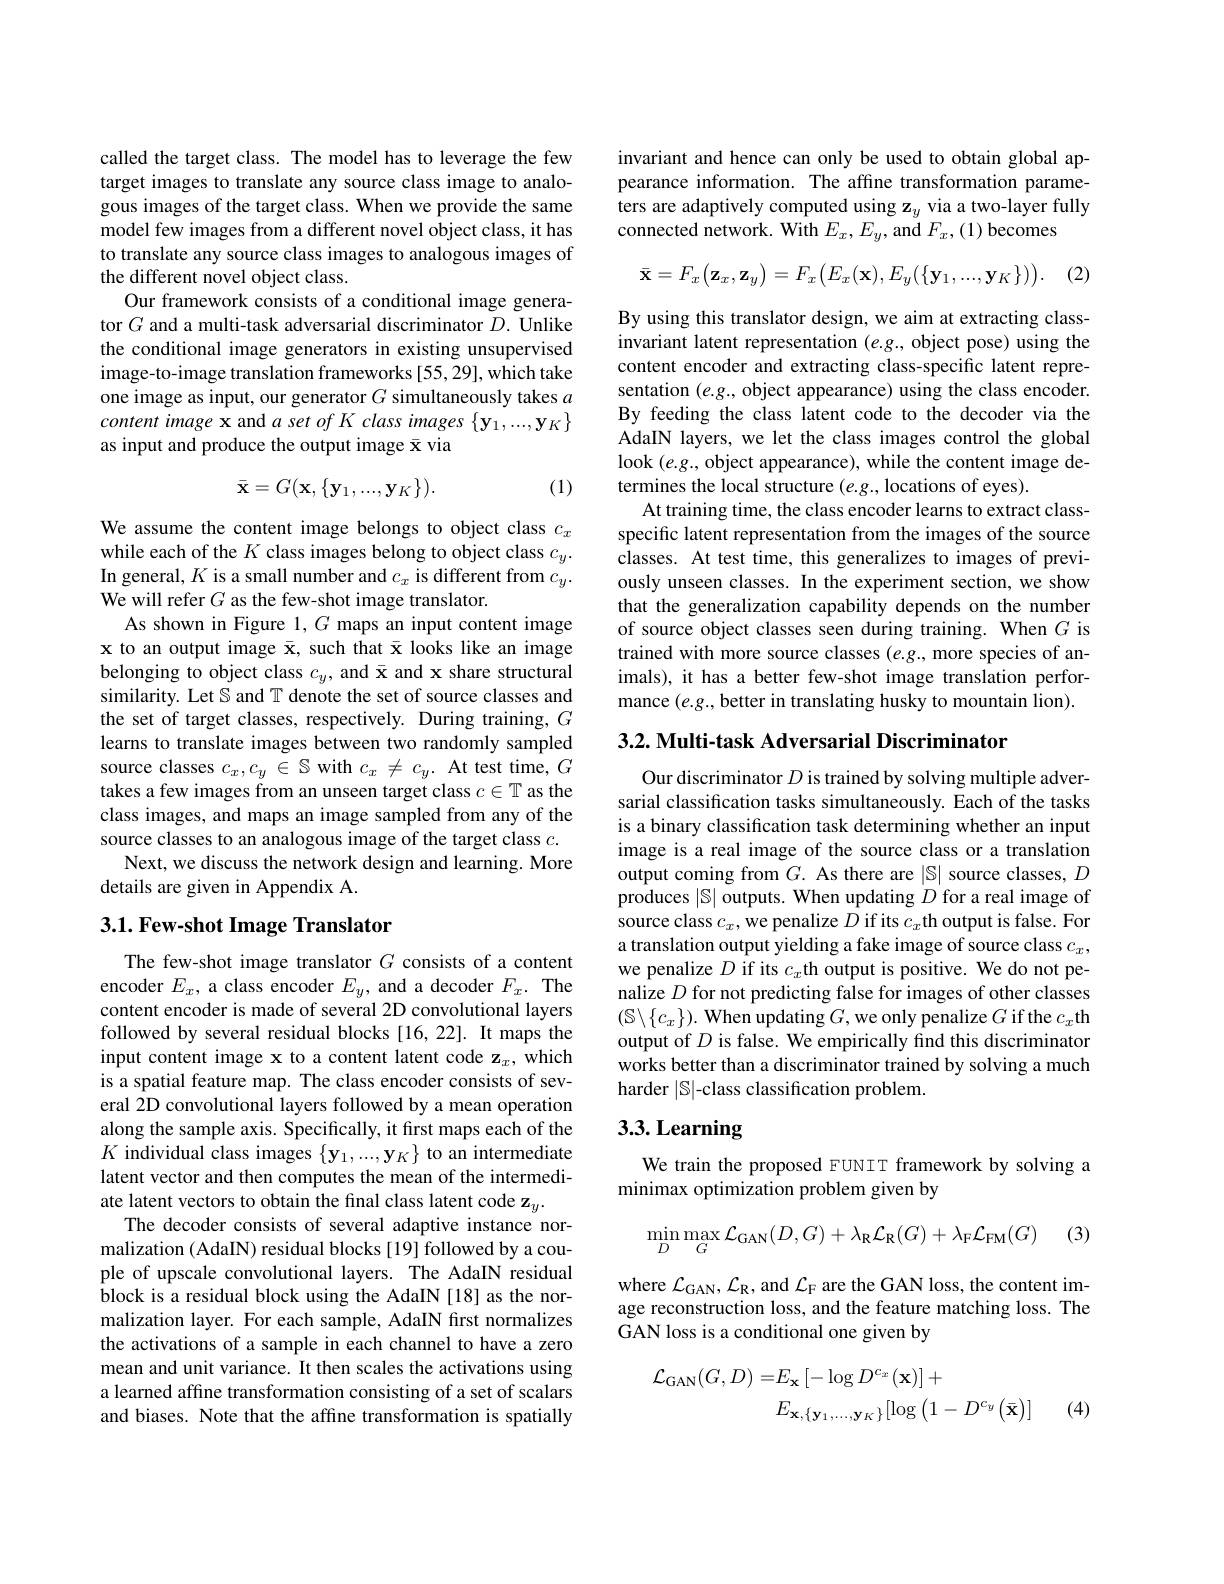
called the target class. The model has to leverage the few target images to translate any source class image to analogous images of the target class. When we provide the same model few images from a different novel object class, it has to translate any source class images to analogous images of the different novel object class.
Our framework consists of a conditional image generator $G$ and a multi-task adversarial discriminator $D.$ Unlike the conditional image generators in existing unsupervised image-to-image translation frameworks [55,29], which take one image as input, our generator $G$ simultaneously takes $a$ content image x and $a\textit{set of K class images }\{ \mathbf{y} _1, . . . , \mathbf{y} _K\}$
$$\bar{\mathbf{x}}=G(\mathbf{x},\{\mathbf{y}_{1},...,\mathbf{y}_{K}\}).$$
(1)

We assume the content image belongs to object class $c_x$ while each of the $K$ class images belong to object class $c_y.$ In general, $K$ is a small number and $c_x$ is different from $c_y.$ We will refer $G$ as the few-shot image translator.
As shown in Figure 1, $G$ maps an input content image x to an output image $\bar{\mathbf{x}}$, such that $\bar{\mathbf{x}}$ looks like an image belonging to object class $c_y$, and $\bar{\mathbf{x}}$ and x share structural similarity. Let $\mathbb{S}$ and T denote the set of source classes and the set of target classes, respectively. During training, $G$ learns to translate images between two randomly sampled source classes $c_x,c_y\in\mathbb{S}$ with $c_x\neq c_y.$ At test time, $G$ takes a few images from an unseen target class $c\in\mathbb{T}$ as the class images, and maps an image sampled from any of the source classes to an analogous image of the target class $c.$
Next, we discuss the network design and learning. More
details are given in Appendix A.

## 3.1. Few-shot Image Translator

The few-shot image translator $G$ consists of a content encoder $E_x$, a class encoder $E_y$, and a decoder $F_x.$ The content encoder is made of several 2D convolutional layers followed by several residual blocks [16,22]. It maps the input content image x to a content latent code z$_x$, which is a spatial feature map. The class encoder consists of several 2D convolutional layers followed by a mean operation along the sample axis. Specifically, it first maps each of the $K$ individual class images $\{\mathbf{y}_1,...,\mathbf{y}_K\}$ to an intermediate latent vector and then computes the mean of the intermediate latent vectors to obtain the final class latent code z$_y.$
The decoder consists of several adaptive instance normalization (AdaIN) residual blocks [19] followed by a couple of upscale convolutional layers. The AdaIN residual block is a residual block using the AdaIN [18] as the normalization layer. For each sample, AdaIN first normalizes the activations of a sample in each channel to have a zero mean and unit variance. It then scales the activations using a learned affine transformation consisting of a set of scalars and biases. Note that the affine transformation is spatially

invariant and hence can only be used to obtain global appearance information. The affine transformation parameters are adaptively computed using $\mathbf{z}_y$ via a two-layer fully connected network. With $E_x,E_y$,and $F_x,(1)$ becomes

(2.
$$\bar{\mathbf{x}}=F_x\big(\mathbf{z}_x,\mathbf{z}_y\big)=F_x\big(E_x(\mathbf{x}),E_y\big(\{\mathbf{y}_1,...,\mathbf{y}_K\}\big)\big).$$
By using this translator design, we aim at extracting classinvariant latent representation $(e.g.$, object pose) using the content encoder and extracting class-specific latent representation $(e.g.$, object appearance) using the class encoder. By feeding the class latent code to the decoder via the AdaIN layers, we let the class images control the global look $(e.g.$, object appearance), while the content image determines the local structure $(e.g.$, locations of eyes).
At training time, the class encoder learns to extract classspecific latent representation from the images of the source classes. At test time, this generalizes to images of previously unseen classes. In the experiment section, we show that the generalization capability depends on the number of source object classes seen during training. When $G$ is trained with more source classes $(e.g.$, more species of animals), it has a better few-shot image translation performance $(e.g.$,better in translating husky to mountain lion).

$3. 2. \textbf{Multi- task Adversarial Discriminator}$

Our discriminator $D$ is trained by solving multiple adversarial classification tasks simultaneously. Each of the tasks is a binary classification task determining whether an input image is a real image of the source class or a translation output coming from $G.$ As there are $|\mathbb{S}|$ source classes, $D$ produces $|\mathbb{S}|$ outputs. When updating $D$ for a real image of source class $c_x$,we penalize $D$ if its $c_x$th output is false. For a translation output yielding a fake image of source class $c_x$, we penalize $D$ if its $c_x$th output is positive. We do not penalize $D$ for not predicting false for images of other classes $(\mathbb{S}\setminus\{c_x\}).$ When updating $G$,we only penalize $G$ if the $c_x$th output of $D$ is false. We empirically find this discriminator works better than a discriminator trained by solving a much harder $|\mathbb{S}|$-class classification problem.

## 3.3. Learning

We train the proposed FUNIT framework by solving a
minimax optimization problem given by

(3)
$$\min\limits_{D}\max\limits_{G}\mathcal{L}_{\mathrm{GAN}}(D,G)+\lambda_{\mathrm{R}}\mathcal{L}_{\mathrm{R}}(G)+\lambda_{\mathrm{F}}\mathcal{L}_{\mathrm{FM}}(G)$$
where $\mathcal{L}_{\mathrm{GAN}},\mathcal{L}_{\mathrm{R}}$,and $\mathcal{L}_{\mathrm{F}}$ are the GAN loss, the content image reconstruction loss, and the feature matching loss. The GAN loss is a conditional one given by
$$\begin{aligned}\mathcal{L}_{\mathrm{GAN}}(G,D)=&E_{\mathbf{x}}\left[-\log D^{c_{x}}\left(\mathbf{x}\right)\right]+\\&E_{\mathbf{x},\{\mathbf{y}_{1},\ldots,\mathbf{y}_{K}\}}[\log\left(1-D^{c_{y}}\left(\bar{\mathbf{x}}\right)\right]\end{aligned}$$
(4)